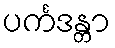
ပင်္ကဒန္တာ